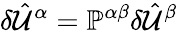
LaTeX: \delta\hat{\mathcal{U}}^{\alpha}=\mathbb{P}^{\alpha\beta}\delta\hat{\mathcal{U}}^{\beta}